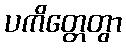
ပကိတ္တေတွာ